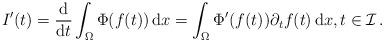
LaTeX: \begin{align*} I'(t)=\frac{\mathrm{d}}{\mathrm{d}t} \int_\Omega\Phi(f(t))\, \mathrm{d}x= \int_\Omega\Phi'(f(t))\partial_t f(t)\, \mathrm{d}x,t\in\mathcal{I}\,.\end{align*}